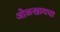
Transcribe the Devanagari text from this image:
ओळखायचा